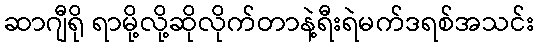
ဆာဂျီရို ရာမို့လို့ဆိုလိုက်တာနဲ့ရီးရဲမက်ဒရစ်အသင်း